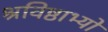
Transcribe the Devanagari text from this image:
श्रविष्ठाभ्यो